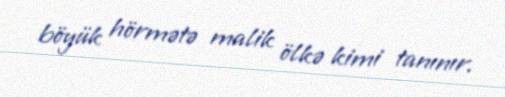
böyük hörmətə malik ölkə kimi tanınır.